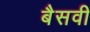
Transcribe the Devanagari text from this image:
बैसवी